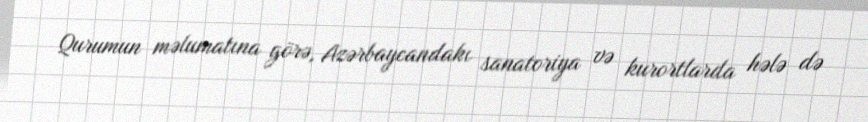
Qurumun məlumatına görə, Azərbaycandakı sanatoriya və kurortlarda hələ də